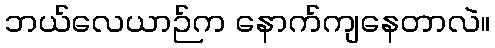
ဘယ်လေယာဉ်က နောက်ကျနေတာလဲ။